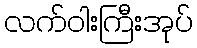
လက်ဝါးကြီးအုပ်